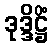
ဒုဒ္ဒိဋ္ဌိံ